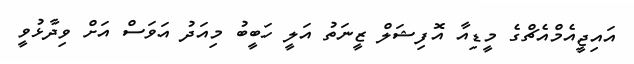
އައިޖީއެމްއެޗްގެ މީޑިއާ އޮފިޝަލް ޒީނަތު އަލީ ހަބީބު މިއަދު އަވަސް އަށް ވިދާޅުވީ